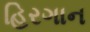
હિરગાન